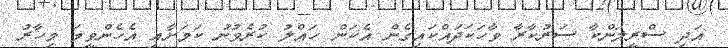
އަދި ސްރީލަންކާ ސަރުކާރާ ވާހަކަދައްކައިގެން އެކަން ހައްލު ކުރެވުނު ކަމަށާއި އެހެންވީމަ މިހާރު